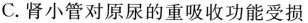
C.肾小管对原尿的重吸收功能受损